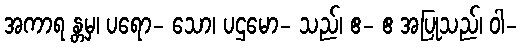
အကာရ န္တမှ၊ ပရော- သော၊ ပဌမော- သည်၊ ဧ- ဧ အပြုသည်၊ ဝါ-